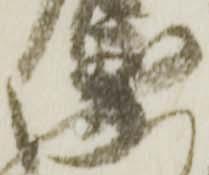
衛